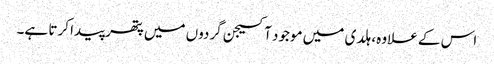
اس کے علاوہ، ہلدی میں موجود آکسیجن گردوں میں پتھر پیدا کرتا ہے۔